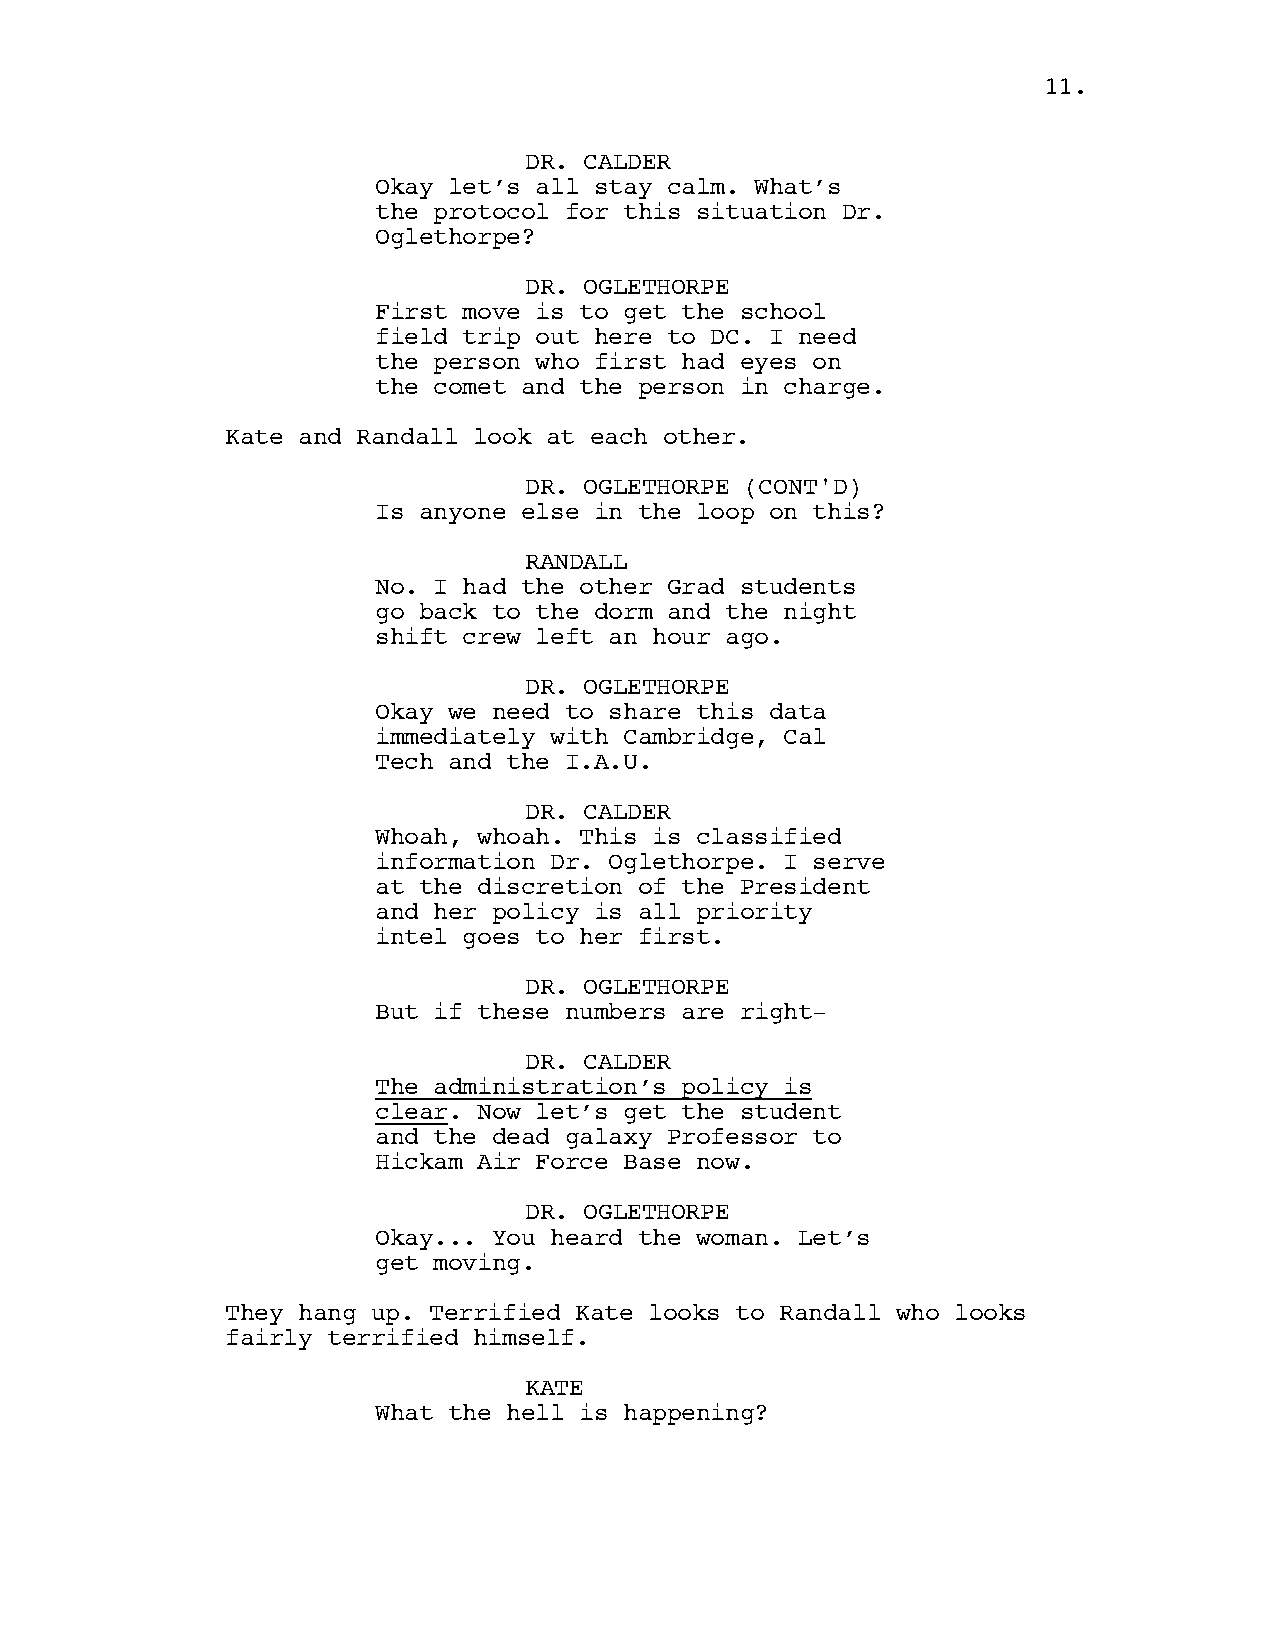
1111..
 DR. CALDER
 Okay let’s all stay calm. What’s
 the protocol for this situation Dr.
 Oglethorpe?
 DR. OGLETHORPE
 First move is to get the school
 field trip out here to DC. I need
 the person who first had eyes on
 the comet and the person in charge.
 Kate and Randall look at each other.
 DR. OGLETHORPE (CONT'D)
 Is anyone else in the loop on this?
 RANDALL
 No. I had the other Grad students
 go back to the dorm and the night
 shift crew left an hour ago.
 DR. OGLETHORPE
 Okay we need to share this data
 immediately with Cambridge, Cal
 Tech and the I.A.U.
 DR. CALDER
 Whoah, whoah. This is classified
 information Dr. Oglethorpe. I serve
 at the discretion of the President
 and her policy is all priority
 intel goes to her first.
 DR. OGLETHORPE
 But if these numbers are right-
 DR. CALDER
 The administration’s policy is
 clear. Now let’s get the student
 and the dead galaxy Professor to
 Hickam Air Force Base now.
 DR. OGLETHORPE
 Okay... You heard the woman. Let’s
 get moving.
 They hang up. Terrified Kate looks to Randall who looks
 fairly terrified himself.
 KATE
 What the hell is happening?